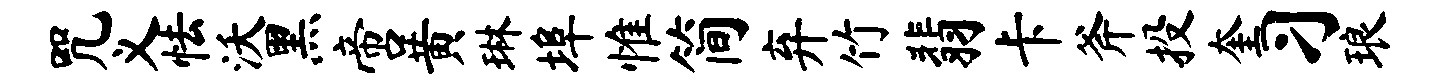
咒义怯沃黑啻黄琳埠惟简弃竹翡卡斧投奎习琅